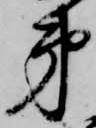
弟